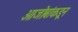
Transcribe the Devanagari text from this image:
आजोबांकडून